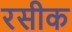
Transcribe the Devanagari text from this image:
रसीक